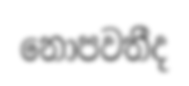
නොපවතීද